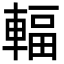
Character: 輻